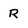
Character: R